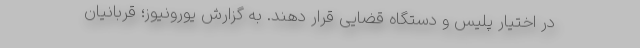
در اختیار پلیس و دستگاه قضایی قرار دهند. به گزارش یورونیوز؛ قربانیان